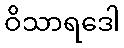
ဝိသာရဒေါ